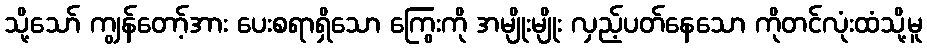
သို့သော် ကျွန်တော့်အား ပေးစရာရှိသော ကြွေးကို အမျိုးမျိုး လှည့်ပတ်နေသော ကိုတင်လုံးထံသို့မူ